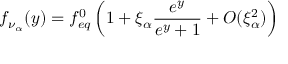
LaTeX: f _ { \nu _ { \alpha } } ( y ) = f _ { e q } ^ { 0 } \left( 1 + \xi _ { \alpha } \frac { e ^ { y } } { e ^ { y } + 1 } + { \cal O } ( \xi _ { \alpha } ^ { 2 } ) \right)